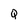
Character: Q